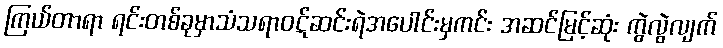
ကြယ်တာရာ ရင်းတစ်ခုမှာသံသရာဝဋ်ဆင်းရဲအပေါင်းမှကင်း အဆင်မြင့်ဆုံး ကွဲလွဲလျက်